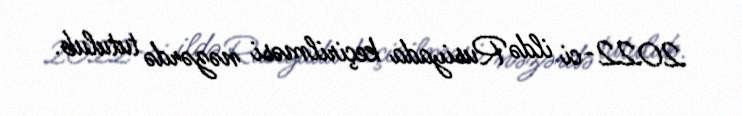
2022-ci ildə Rusiyada keçirilməsi nəzərdə tutulub.